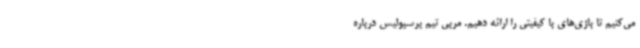
می‌کنیم تا بازی‌های با کیفیتی را ارائه دهیم. مربی تیم پرسپولیس درباره